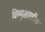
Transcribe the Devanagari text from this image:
विष्णुशास्त्रींना